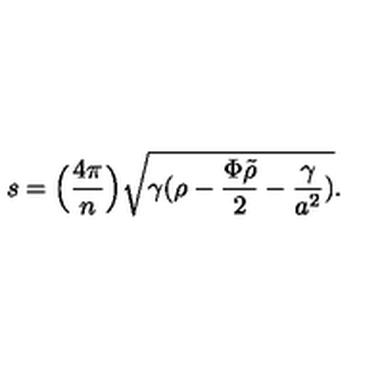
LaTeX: s = \Big ( { \frac { 4 \pi } { n } } \Big ) \sqrt { \gamma ( \rho - { \frac { \Phi \tilde { \rho } } { 2 } } - { \frac { \gamma } { a ^ { 2 } } } ) } .